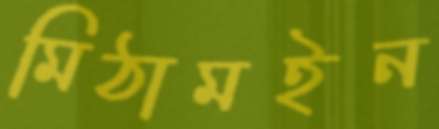
মিঠামইন